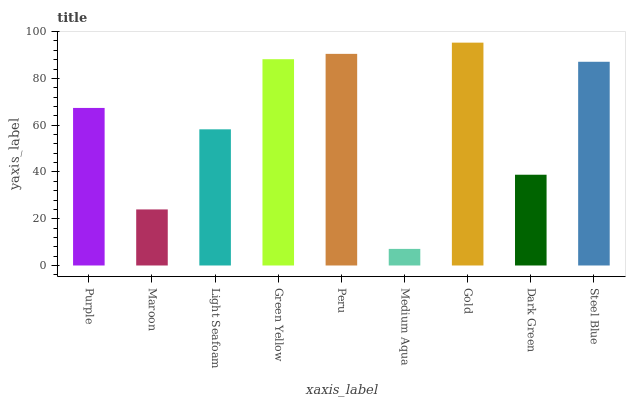
| xaxis_label | bars |
 | --- | --- |
 | Purple | 67.4 |
 | Maroon | 24 |
 | Light Seafoam | 58.2 |
 | Green Yellow | 88.2 |
 | Peru | 90.5 |
 | Medium Aqua | 7.1 |
 | Gold | 95.3 |
 | Dark Green | 38.8 |
 | Steel Blue | 87.1 |